Civil Veterinary Dept. North-West Frontier Province 1923-32 - 1923-1932
Year: 1923
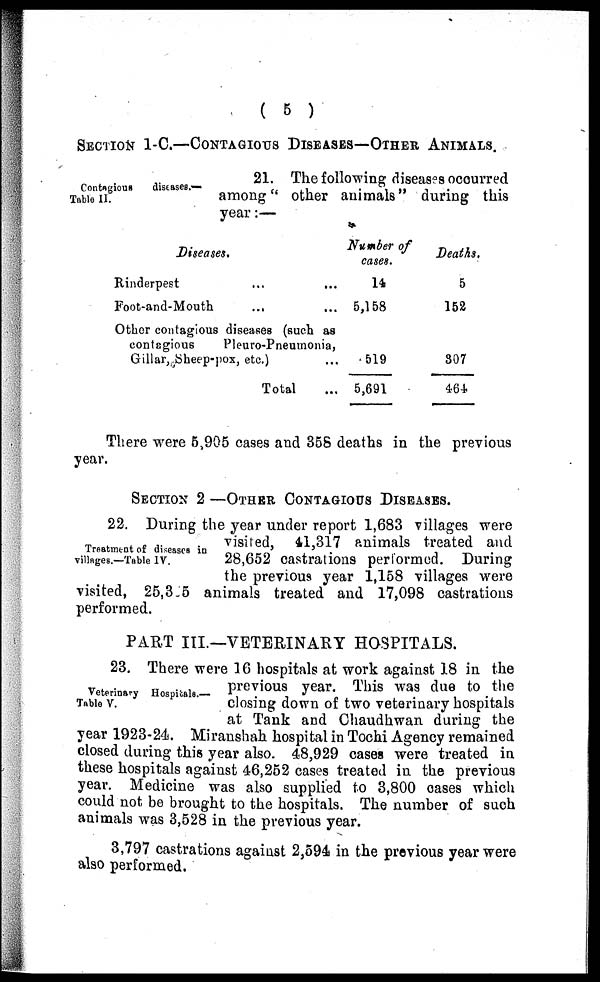
( 5 )
SECTION 1-C.—CONTAGIOUS DISEASES—OTHER ANIMALS.
Contagious
diseases.—
Table II.
21. The following diseases occurred
among "other animals" during this
year:—
Diseases.
Rinderpest ... ....
Foot-and-Mouth ... ...
Other contagious diseases (such as
contagious
Pleuro-Pneumonia,
Gillar, Sheep-pox, etc.) ...
Total ...
Number of
cases.
14
5,158
519
5,691
Deaths.
5
152
307
464
There were 5,905 cases and 35S deaths in the previous
year.
SECTION 2 —OTHER CONTAGIOUS DISEASES.
Treatment of diseases in
villages.—Table IV.
22. During the year under report 1,683 villages were
visited, 41,317 animals treated and
28,652 castrations performed. During
the previous year 1,158 villages were
visited, 25,3 5 animals treated and 17,098 castrations
performed.
PART III.—VETERINARY HOSPITALS.
Veterinary Hospitals.—
Table V.
23. There were 16 hospitals at work against 18 in the
previous year. This was due to the
closing down of two veterinary hospitals
at Tank and Chaudhwan during the
year 1923-24. Miranshah hospital in Tochi Agency remained
closed during this year also. 48,929 cases were treated in
these hospitals against 46,252 cases treated in the previous
year. Medicine was also supplied to 3,800 cases which
could not be brought to the hospitals. The number of such
animals was 3,528 in the previous year.
3,797 castrations against 2,594 in the previous year were
also performed.